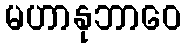
မဟာနုဘာဝေ